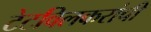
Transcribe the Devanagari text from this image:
टेटविलकरांची